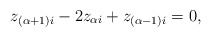
\begin{align*}z_{(\alpha+1) i} - 2 z_{\alpha i} + z_{(\alpha-1) i} = 0, \end{align*}